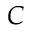
C